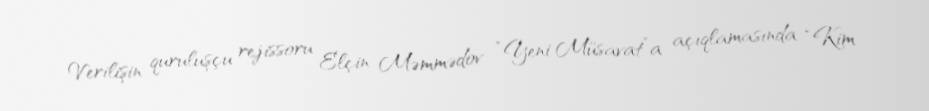
Verilişin quruluşçu rejissoru Elçin Məmmədov “Yeni Müsavat”a açıqlamasında “Kim